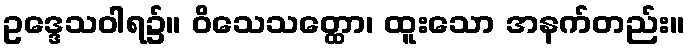
ဥဒ္ဒေသဝါရ၌။ ဝိသေသတ္ထော၊ ထူးသော အနက်တည်း။